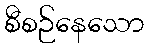
စီစဉ်နေသော